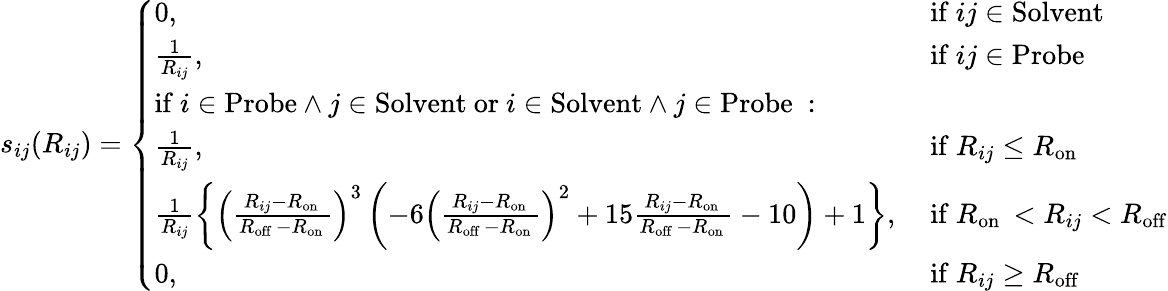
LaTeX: s_{ij}(R_{ij})=\left\{ \begin{array}{ll}{0,}&{\mathrm{~if~}ij\in\mathrm{Solvent}}\\ {\frac{1}{R_{ij}},}&{\mathrm{~if~}ij\in\mathrm{Probe}}\\ {\mathrm{if}~i\in\mathrm{Probe}\wedge j\in\mathrm{Solvent}\mathrm{~or~}i\in\mathrm{Solvent}\wedge j\in\mathrm{Probe}\mathrm{~:~}}&\\ {\frac{1}{R_{ij}},}&{\mathrm{~if~}R_{ij}\leq R_{\mathrm{on~}}}\\ {\frac{1}{R_{ij}}\left\{ \left(\frac{R_{ij}-R_{\mathrm{on~}}}{R_{\mathrm{off~}}-R_{\mathrm{on~}}}\right)^{3}\left(-6\left(\frac{R_{ij}-R_{\mathrm{on~}}}{R_{\mathrm{off~}}-R_{\mathrm{on~}}}\right)^{2}+15\frac{R_{ij}-R_{\mathrm{on~}}}{R_{\mathrm{off~}}-R_{\mathrm{on~}}}-10\right)+1\right\} ,}&{\mathrm{~if~}R_{\mathrm{on~}}<R_{ij}<R_{\mathrm{off}}}\\ {0,\ }&{\mathrm{~if~}R_{ij}\geq R_{\mathrm{off}}}\end{array}\right.